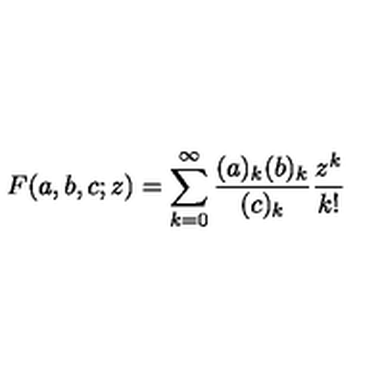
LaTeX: F ( a , b , c ; z ) = \sum _ { k = 0 } ^ { \infty } \frac { ( a ) _ { k } ( b ) _ { k } } { ( c ) _ { k } } \frac { z ^ { k } } { k ! }